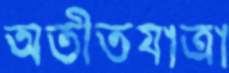
অতীতযাত্রা